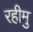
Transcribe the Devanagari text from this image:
रहीमु